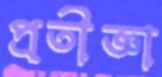
প্রতীজ্ঞা